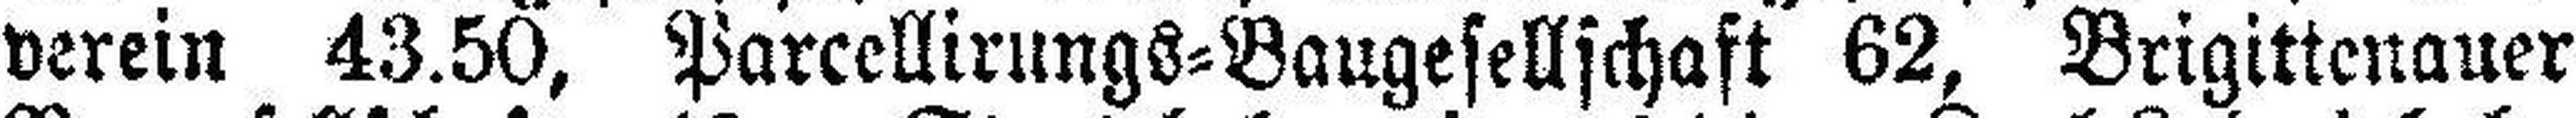
verein 43.50, Parcellirungs=Baugesellschaft 62, Brigittenauer